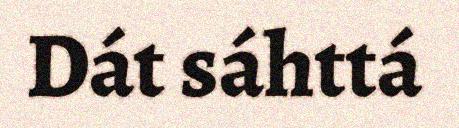
Dát sáhttá